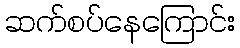
ဆက်စပ်နေကြောင်း